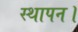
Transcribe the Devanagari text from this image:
स्थापन।